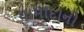
યામાદાનો